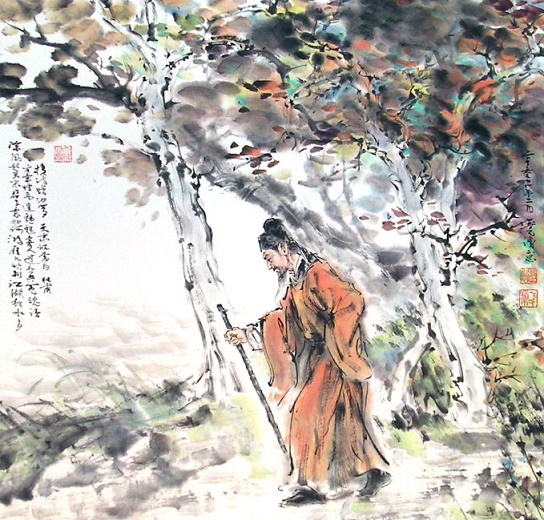
文章憎命达，魑魅喜人过。